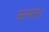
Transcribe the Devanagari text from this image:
ऊभरा।